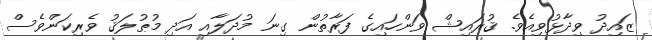
ޒައިދު ވިދާޅުވިއެވެ. ޤުރައިޝް ވަންހައިގެ ފަރާތުން ގިނަ މުދަލާއި އަދި މުޠުލަޤު ވެރިކަންވެސް